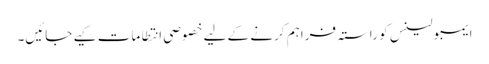
ایمبولینس کو راستہ فراہم کرنے کے لیے خصوصی انتطامات کیے جائیں۔